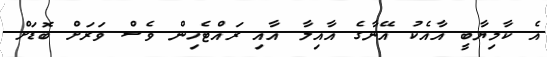
އެ ކާމިޔާބީ އާއެކު އޭނާގެ އާއިލާ އާއި ރައްޓެހިން ވެސް ވަރަށް ބޮޑަށް